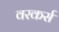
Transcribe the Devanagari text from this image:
वरकर्स